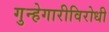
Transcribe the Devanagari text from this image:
गुन्हेगारीविरोधी